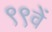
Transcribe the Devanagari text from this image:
९९वें